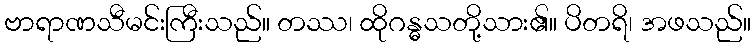
ဗာရာဏသီမင်းကြီးသည်။ တဿ၊ ထိုဂန္ဓသတို့သား၏။ ပိတရိ၊ အဖသည်။